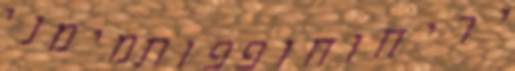
יריחוחופפותמימני